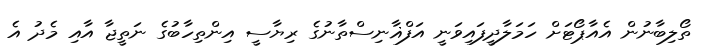
ތޯލިބާނުން އެއާޕޯޓަށް ހަމަލާދީފައިވަނީ އަފްޣާނިސްތާނުގެ ރިޔާސީ އިންތިހާބުގެ ނަތީޖާ އާއި މެދު އެ